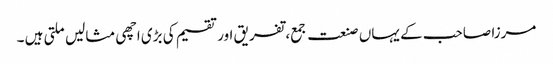
مرزا صاحب کے یہاں صنعت جمع، تفریق اور تقسیم کی بڑی اچھی مثالیں ملتی ہیں ۔